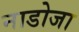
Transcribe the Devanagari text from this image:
नाडोजा